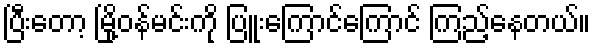
ပြီးတော့ မြို့ဝန်မင်းကို ပြူးကြောင်ကြောင် ကြည့်နေတယ်။